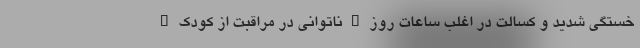
خستگی شدید و کسالت در اغلب ساعات روز • ناتوانی در مراقبت از کودک •